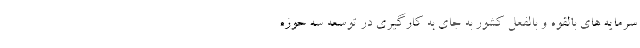
سرمایه های بالقوه و بالفعل کشور به جای به کارگیری در توسعه سه حوزه